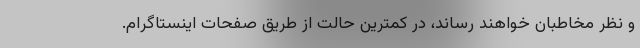
و نظر مخاطبان خواهند رساند، در کمترین حالت از طریق صفحات اینستاگرام.